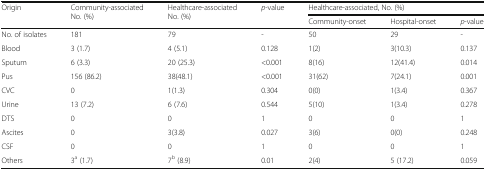
| <ROWSPAN=2> Origin | <ROWSPAN=2> Community-associatedNo. (%) | <ROWSPAN=2> Healthcare-associatedNo. (%) | <ROWSPAN=2> p-value | <COLSPAN=3> Healthcare-associated, No. (%) |
 | Community-onset | Hospital-onset | p-value |
 | --- | --- | --- | --- | --- | --- | --- |
 | No. of isolates | 181 | 79 | - | 50 | 29 | - |
 | Blood | 3 (1.7) | 4 (5.1) | 0.128 | 1(2) | 3(10.3) | 0.137 |
 | Sputum | 6 (3.3) | 20 (25.3) | <0.001 | 8(16) | 12(41.4) | 0.014 |
 | Pus | 156 (86.2) | 38(48.1) | <0.001 | 31(62) | 7(24.1) | 0.001 |
 | CVC | 0 | 1(1.3) | 0.304 | 0(0) | 1(3.4) | 0.367 |
 | Urine | 13 (7.2) | 6 (7.6) | 0.544 | 5(10) | 1(3.4) | 0.278 |
 | DTS | 0 | 0 | 1 | 0 | 0 | 1 |
 | Ascites | 0 | 3(3.8) | 0.027 | 3(6) | 0(0) | 0.248 |
 | CSF | 0 | 0 | 1 | 0 | 0 | 1 |
 | Others | 3a (1.7) | 7b (8.9) | 0.01 | 2(4) | 5 (17.2) | 0.059 |